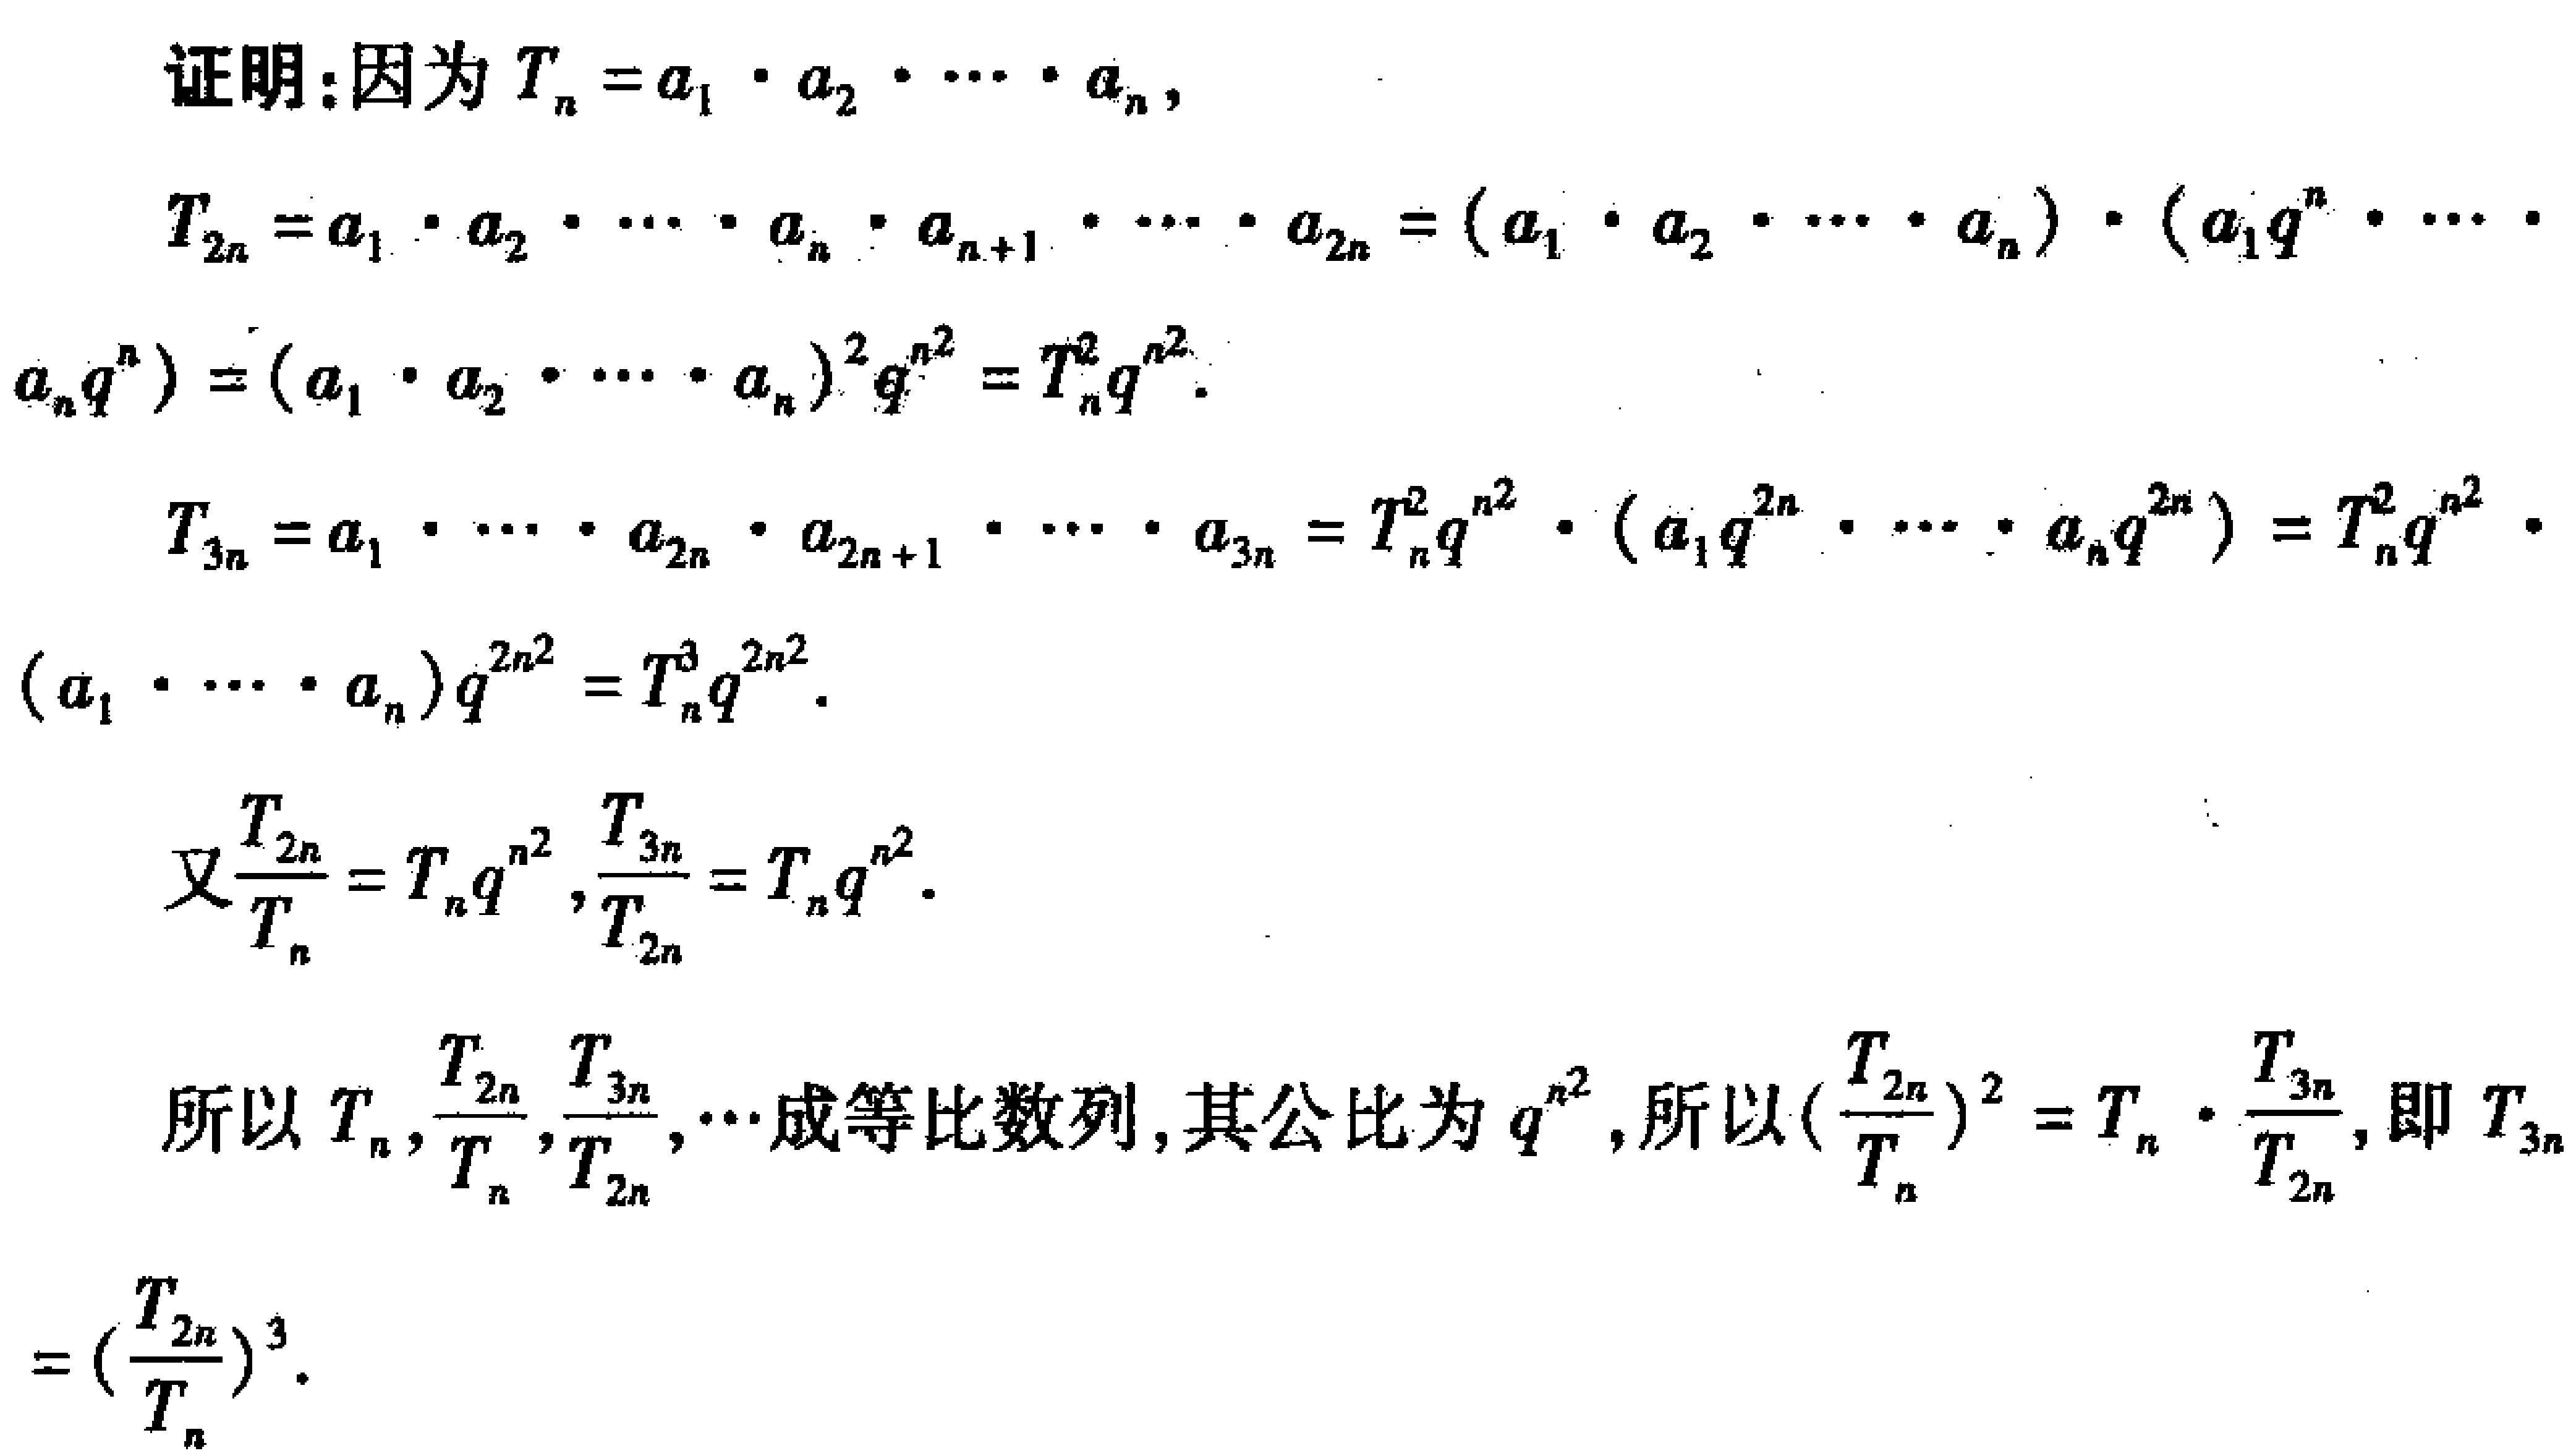
证明：因为 \(T_{n}=a_{1}\cdot a_{2}\cdots a_{n}\)，

\[

\begin{align*}

T_{2n}&=a_{1}\cdot a_{2}\cdots a_{n}\cdot a_{n + 1}\cdots a_{2n}=(a_{1}\cdot a_{2}\cdots a_{n})\cdot(a_{1}q^{n}\cdots a_{n}q^{n})=(a_{1}\cdot a_{2}\cdots a_{n})^{2}q^{n^{2}}=T_{n}^{2}q^{n^{2}}.\\

T_{3n}&=a_{1}\cdots a_{2n}\cdot a_{2n + 1}\cdots a_{3n}=T_{n}^{2}q^{n^{2}}\cdot(a_{1}q^{2n}\cdots a_{n}q^{2n})=T_{n}^{2}q^{n^{2}}\cdot(a_{1}\cdots a_{n})q^{2n^{2}}=T_{n}^{3}q^{2n^{2}}.

\end{align*}

\]

又\(\frac{T_{2n}}{T_{n}} = T_{n}q^{n^{2}},\frac{T_{3n}}{T_{2n}}=T_{n}q^{n^{2}}\)。

所以\(T_{n},\frac{T_{2n}}{T_{n}},\frac{T_{3n}}{T_{2n}},\cdots\)成等比数列，其公比为 \(q^{n^{2}}\)，所以\((\frac{T_{2n}}{T_{n}})^{2}=T_{n}\cdot\frac{T_{3n}}{T_{2n}}\)，即 \(T_{3n}=(\frac{T_{2n}}{T_{n}})^{3}\)。